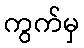
ကွက်မှ